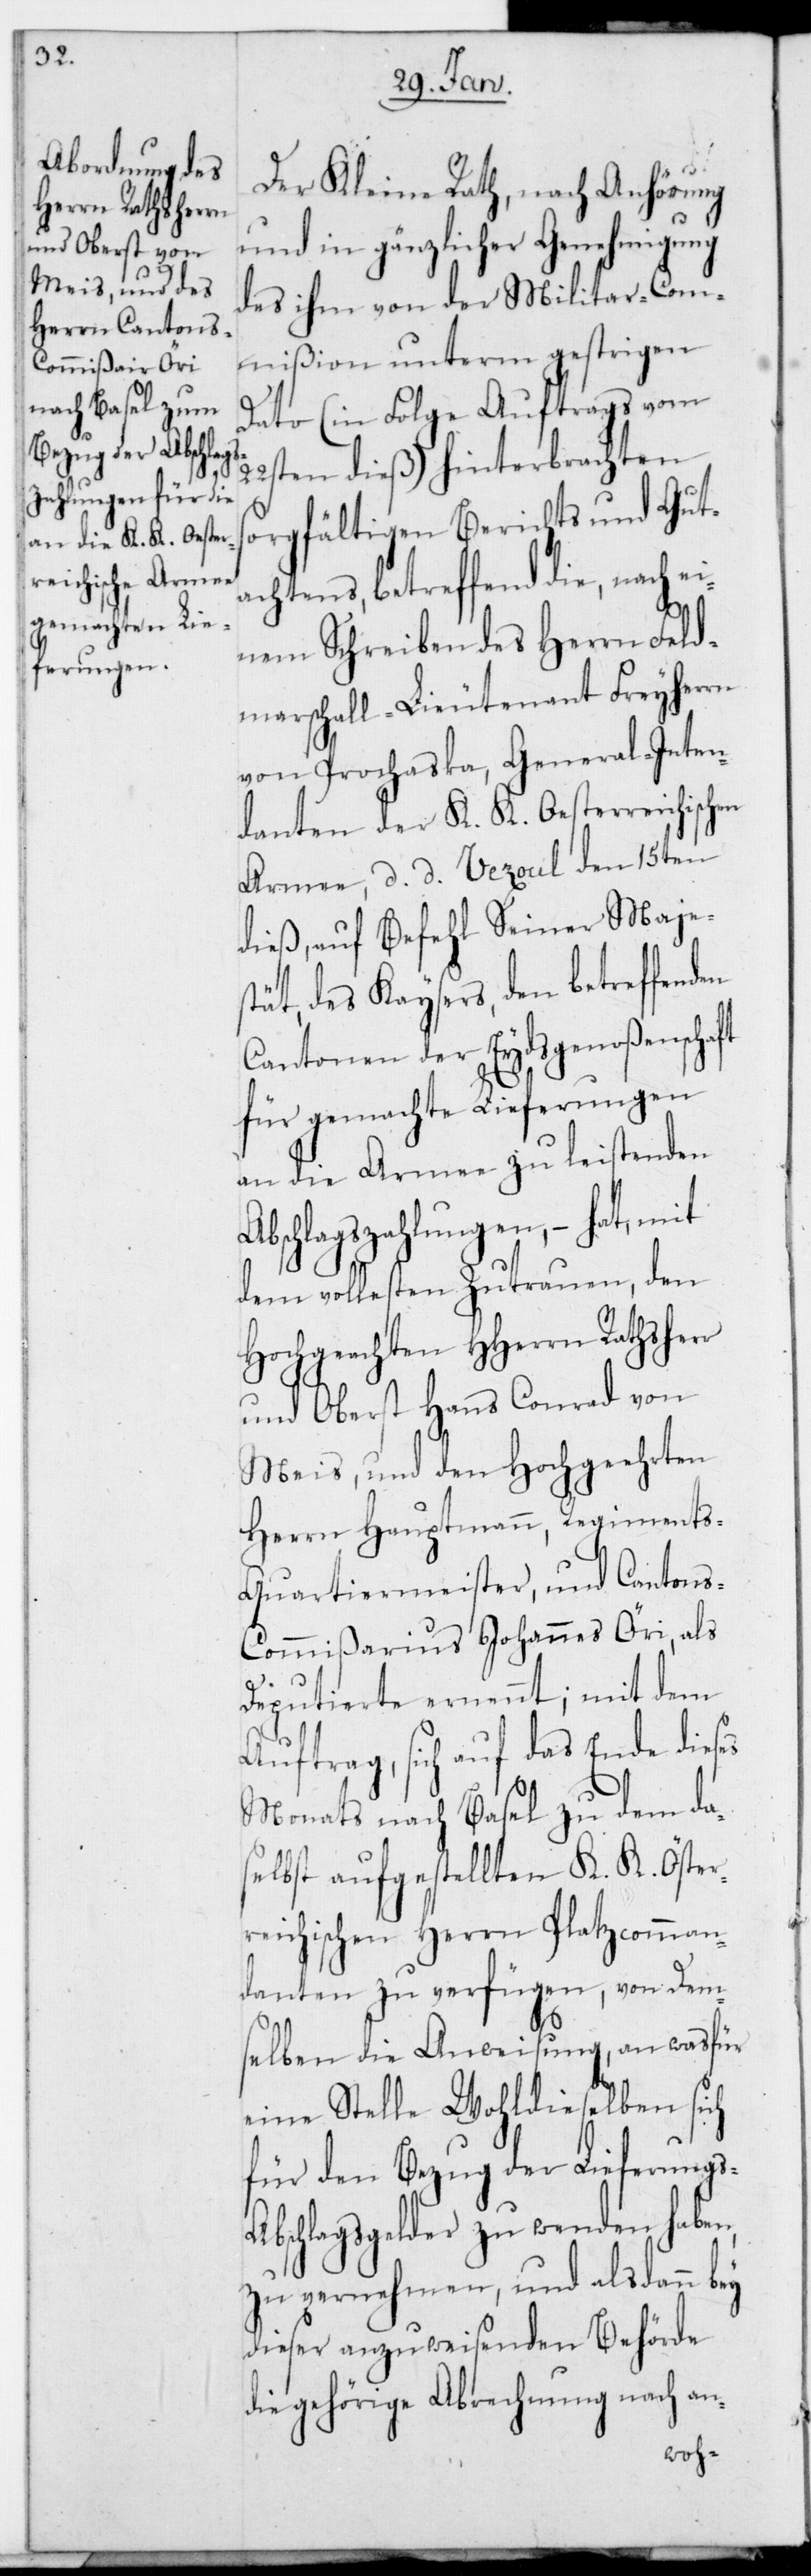
22s¬

Der Kleine Rath, nach Anhörung
und in gänzlicher Genehmigung
des ihm von der Militar-Com¬
mißion unterm gestrigen
Dato (in Folge Auftrags vom
ten dieß) hinterbrachten
sorgfältigen Berichts und Gut¬
achtens, betreffend die nach ei¬
nem Schreiben des Herrn Feld¬
marschall-Lieutnant Freiherrn
von Prochaska, General-Inten¬
danten der K. K. Oesterreichischen
Armee, d. d. Vezoul den 15ten
dieß, auf Befehl Seiner Majes¬
tät des Kaysers, den betreffenden
Cantonen der Eydsgenoßenschaft
für gemachte Lieferungen
an die Armee zu leistenden
Abschlagszahlungen, – hat mit
dem vollesten Zutrauen, den
Hochgeachten HHerrn Rathsherr
und Oberst Hans Conrad von
Meis, und den Hochgeehrten
Herrn Hauptmann, Regiment¬
s-Quartiermeister und Canton¬
s-Commißarius Johannes Öri, als
Deputierte ernennt; mit dem
Auftrag, sich auf das Ende dieses
Monats nach Basel zu dem da¬
selbst aufgestellten K. K. Öster¬
reichischen Herrn Platzkomman¬
danten zu verfügen, von dem¬
selben die Anweisung, an was für
eine Stelle Wohldieselben sich
für den Bezug der Lieferungs-A¬
bschlagsgelder zu wenden haben,
zu vernehmen, und alsdann
dieser anzuweisenden Behörde
die gehörige Abrechnung nach an-